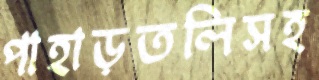
পাহাড়তলিসহ